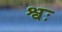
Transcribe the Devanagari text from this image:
श्वः